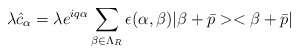
\begin{align*}\lambda\hat{c}_{\alpha} = \lambda e^{iq\alpha}\sum_{\beta\in\Lambda_{R}} \epsilon (\alpha, \beta ) |\beta + \bar{p}><\beta + \bar{p}|\end{align*}